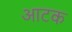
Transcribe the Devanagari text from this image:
आटक